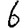
Digit: 6